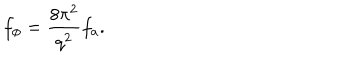
LaTeX: f _ { \phi } = \frac { 8 \pi ^ { 2 } } { q ^ { 2 } } f _ { a } .